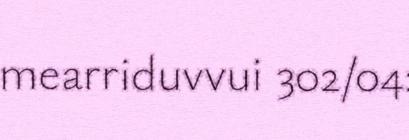
mearriduvvui 302/04: